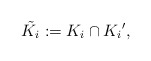
\begin{align*}\tilde{K_i} : = K_i \cap {K_i}',\end{align*}